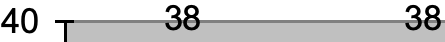
40   38      38